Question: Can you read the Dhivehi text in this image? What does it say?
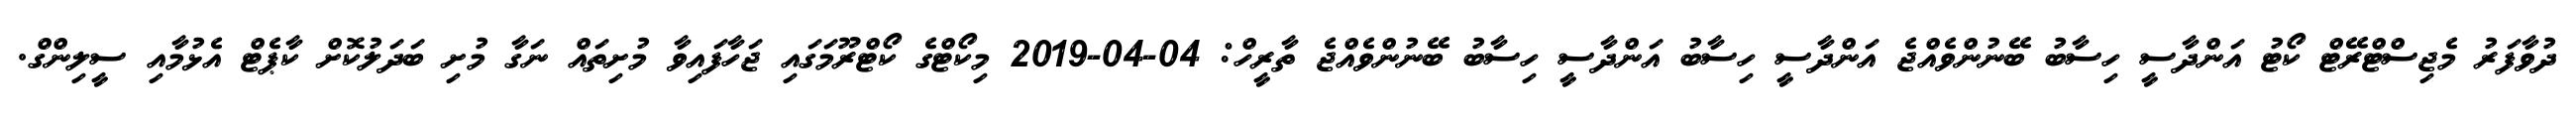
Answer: ދުވާފަރު މެޖިސްޓްރޭޓް ކޯޓު އަންދާސީ ހިސާބު ބޭނުންވެއްޖެ އަންދާސީ ހިސާބު އަންދާސީ ހިސާބު ބޭނުންވެއްޖެ ތާރީހް: 04-04-2019 މިކޯޓްގެ ކޯޓްރޫމަގައި ޖަހާފައިވާ މުށިތައް ނަގާ މުށި ބަދަލުކޮށް ކާޕެޓް އެޅުމާއި ސީލިންގް.